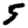
Digit: 5